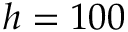
h = 1 0 0